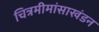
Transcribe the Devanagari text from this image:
चित्रमीमांसाखंडन